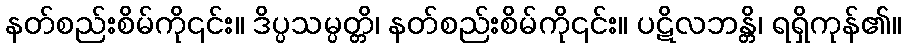
နတ်စည်းစိမ်ကို၎င်း။ ဒိပ္ပသမ္ပတ္တိ၊ နတ်စည်းစိမ်ကို၎င်း။ ပဋိလဘန္တိ၊ ရရှိကုန်၏။